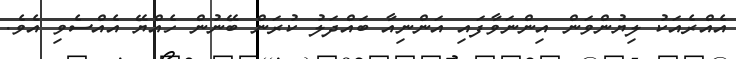
އެއްރެއަކު ލިޔުންވަން އިންނަވާފައި އަންނިއާ ބައްދަލު ކުރަން ބޭނުން ހެއްޔޭ އެއްސެވި އެވެ.